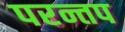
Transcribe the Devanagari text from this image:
परन्तप